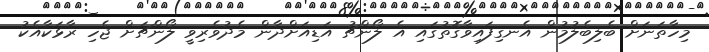
މިހާތަނަށް ބެލިބެލުމުން އެނގިފައިވާގޮތުގައި އެ ލޯންޗު އަޑިއަށްދާން މެދުވެރިވީ ލޯންޗަށް ޖެހި ރާޅަކާއެކު